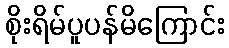
စိုးရိမ်ပူပန်မိကြောင်း